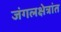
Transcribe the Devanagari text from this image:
जंगलक्षेत्रांत